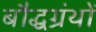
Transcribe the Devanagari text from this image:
बौद्धग्रंथों